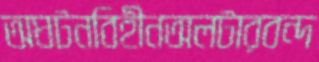
অঘটনবিহীনঅলটারবন্দ